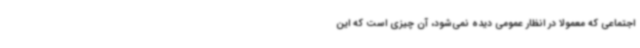
اجتماعی که معمولا در انظار عمومی دیده نمی‌شود، آن چیزی است که این